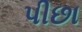
પીછા